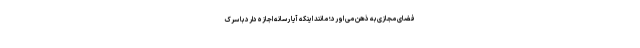
فضای مجازی به ذهن می اورد؛ مانند اینکه آیا رسانه اجازه دارد با سرک